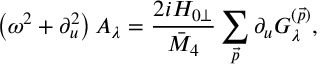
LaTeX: \left( \omega ^ { 2 } + \partial _ { u } ^ { 2 } \right) A _ { \lambda } = \frac { 2 i H _ { 0 \perp } } { \bar { M } _ { 4 } } \sum _ { \vec { p } } \partial _ { u } G _ { \lambda } ^ { ( \vec { p } ) } ,